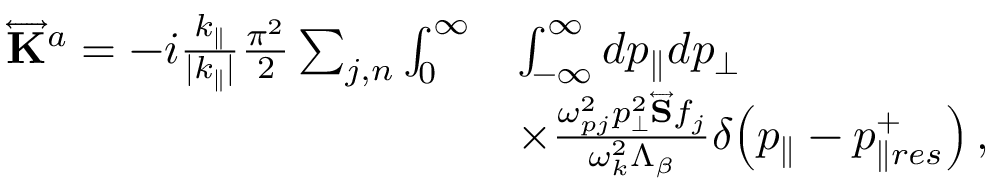
\begin{array} { r l } { \overleftrightarrow { \mathbf { K } } ^ { a } = - i \frac { k _ { \parallel } } { | k _ { \parallel } | } \frac { \pi ^ { 2 } } { 2 } \sum _ { j , n } \int \displaylimits _ { 0 } ^ { \infty } } & { \int \displaylimits _ { - \infty } ^ { \infty } d p _ { \parallel } d p _ { \perp } } \\ & { \times \frac { \omega _ { p j } ^ { 2 } p _ { \perp } ^ { 2 } \overleftrightarrow { \mathbf { S } } f _ { j } } { \omega _ { k } ^ { 2 } \Lambda _ { \beta } } \delta \! \left( p _ { \parallel } - p _ { \parallel r e s } ^ { + } \right) , } \end{array}